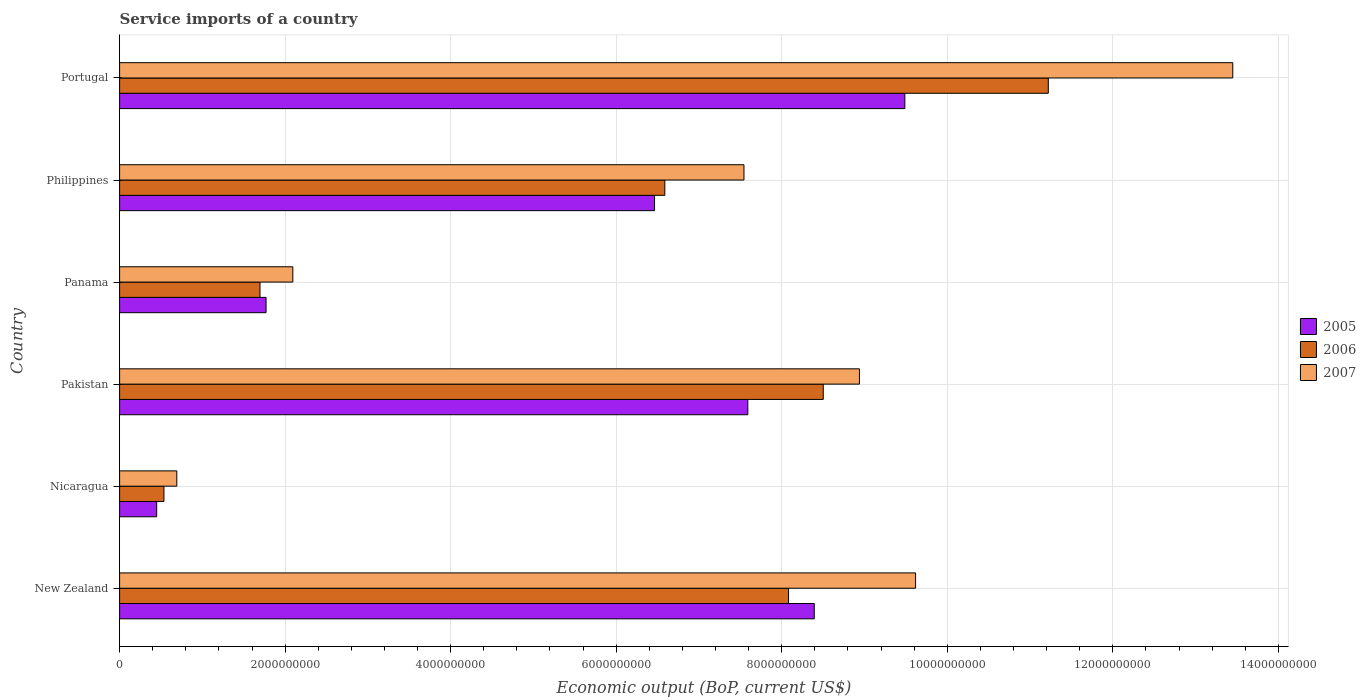
| Country | 2005 | 2006 | 2007 |
 | --- | --- | --- | --- |
 | New Zealand | 8.39e+09 | 8.08e+09 | 9.62e+09 |
 | Nicaragua | 4.48e+08 | 5.36e+08 | 6.91e+08 |
 | Pakistan | 7.59e+09 | 8.5e+09 | 8.94e+09 |
 | Panama | 1.77e+09 | 1.7e+09 | 2.09e+09 |
 | Philippines | 6.46e+09 | 6.59e+09 | 7.54e+09 |
 | Portugal | 9.49e+09 | 1.12e+10 | 1.34e+10 |